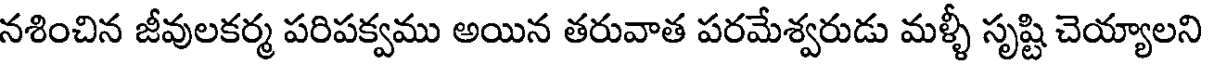
నశించిన జీవులకర్మ పరిపక్వము అయిన తరువాత పరమేశ్వరుడు మళ్ళీ సృష్టి చెయ్యాలని